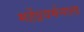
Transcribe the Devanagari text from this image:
महेंद्रवर्मनाला